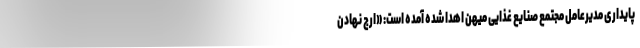
پایداری مدیرعامل مجتمع صنایع غذایی میهن اهدا شده آمده است: «ارج نهادن